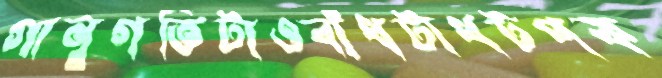
গানুগতিটাওবাঁধটাধটপক